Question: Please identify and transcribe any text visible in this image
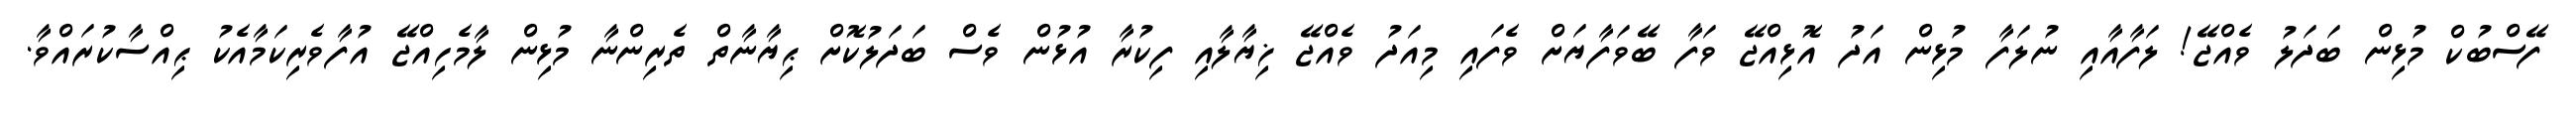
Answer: ފޭސްބުކް މުޅިން ބަދަލު ވެއްޖޭ! ލަފާއާއި ނުލަފާ މުޅިން އަދު އޮޅިއްޖޭ ވަފާ ބޭވަފާޔަށް ވެފައި މިއަދު ވެއްޖޭ ޚިޔާލާއި ފިކުރާ އުޅުން ވެސް ބަދަލުކޮށް ޙިޔާނާތް ތެރިންނާ މުޅިން ލާމެހިއްޖޭ އުފާވެރިކަމާއެކު ޙިއްސާކުރައްވާ.